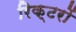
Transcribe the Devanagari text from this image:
रिक्टरों